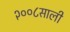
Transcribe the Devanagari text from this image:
२००८साली